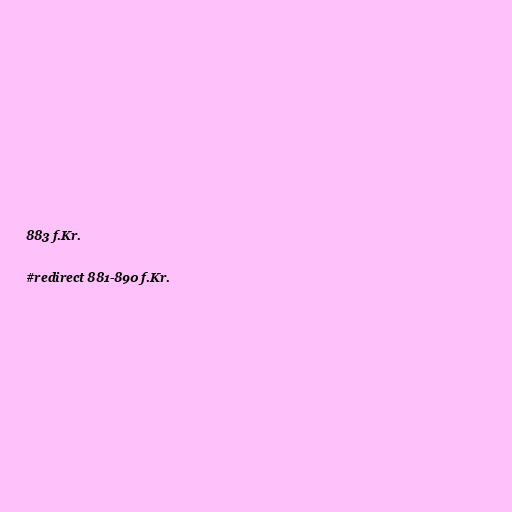
883 f.Kr.

#redirect 881-890 f.Kr.